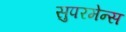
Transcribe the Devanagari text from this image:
सुपरमेन्स